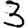
Digit: 3